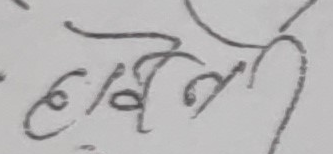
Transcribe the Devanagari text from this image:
हरिली